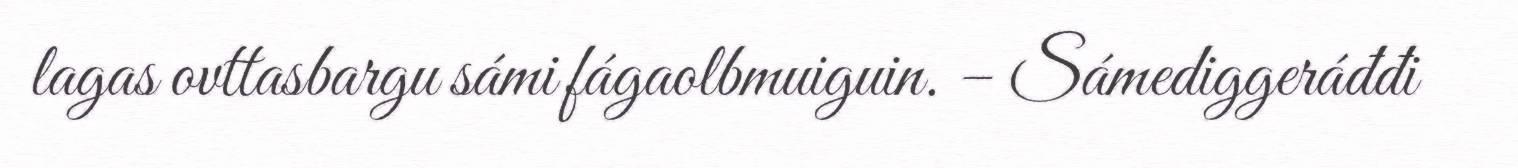
lagas ovttasbargu sámi fágaolbmuiguin. – Sámediggeráđđi